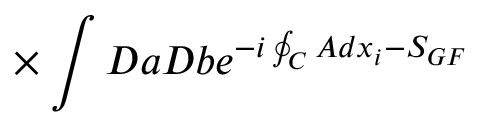
{ } ~ ~ ~ ~ ~ \times \int D a D b e ^ { - i \oint _ { C } A d x _ { i } - S _ { G F } }